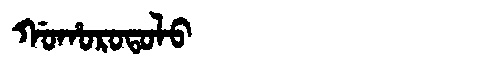
Manchu: ᡤᠣᡥᠣᡵᠣᡨᠣᠯᠣ
Romanization: GOHOROTOLO